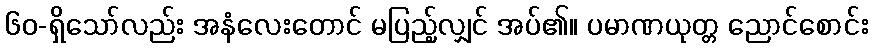
၆၀-ရှိသော်လည်း အနံလေးတောင် မပြည့်လျှင် အပ်၏။ ပမာဏယုတ္တ ညောင်စောင်း